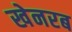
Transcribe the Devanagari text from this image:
खेनरब